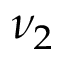
\nu _ { 2 }